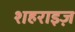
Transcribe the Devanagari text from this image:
शहराइज़